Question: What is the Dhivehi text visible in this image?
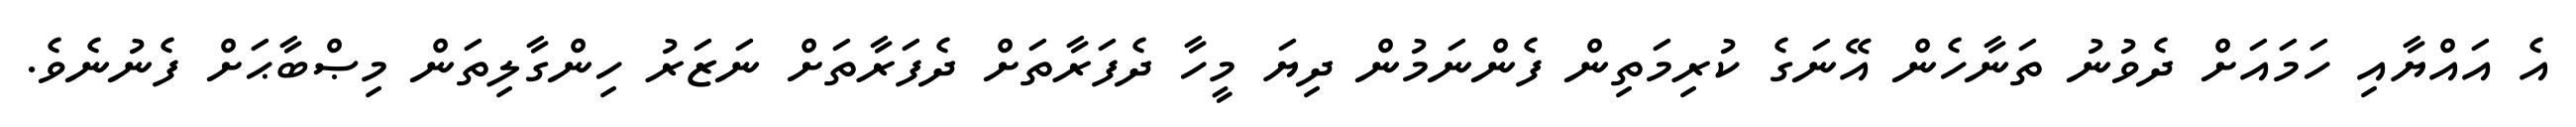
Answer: އެ އައްޔާއި ހަމައަށް ދެވުނު ތަނާހެން އޭނަގެ ކުރިމަތިން ފެންނަމުން ދިޔަ މީހާ ދެފަރާތަށް ދެފަރާތަށް ނަޒަރު ހިންގާލިތަން މިޞްބާޙަށް ފެނުނެވެ.